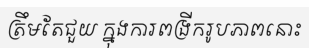
ត្រឹមតែជួយ ក្នុងការពង្រីករូបភាពនោះ